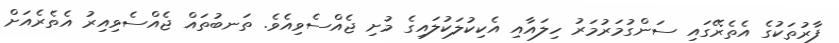
ފާރުތަކުގެ އެތެރޭގައި ސަންގުމަރުމަރު ހިލައާއި އެކިކުލަކުލައިގެ މުށި ޖެއްސެވިއެވެ. ތަނބުތައް ޖެއްސެވިއިރު އެތެރެއަށް